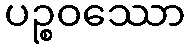
ပဉ္စဝဿော